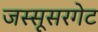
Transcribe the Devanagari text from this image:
जस्सूसरगेट